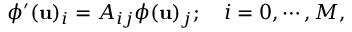
\phi ^ { \prime } ( \mathbf { u } ) _ { i } = A _ { i j } \phi ( \mathbf { u } ) _ { j } ; \quad i = 0 , \cdots , M ,